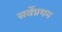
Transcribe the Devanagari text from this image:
सर्वेप्रथम